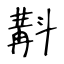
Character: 斠